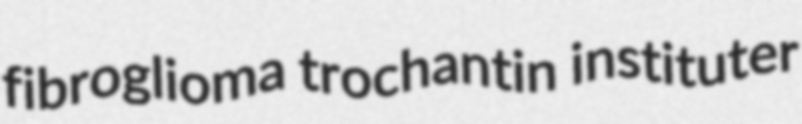
fibroglioma trochantin instituter